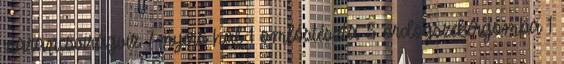
narancsvirágvíz 7 nyers hal 1 omlóstészta 5 ördögszekérgomba 1